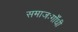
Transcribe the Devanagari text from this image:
समाजःगाँधी